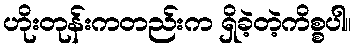
ဟိုးတုန်းကတည်းက ရှိခဲ့တဲ့ကိစ္စပါ။